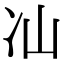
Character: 𭂈